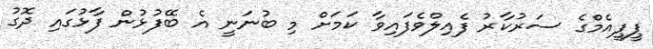
ޕީޕީއެމްގެ ސަރުކާރު ފެއިލްވެފައިވާ ކަމަށް މި ބުނަނީ އެ ބޭފުޅުން ފާޅުގައި ދޮގު